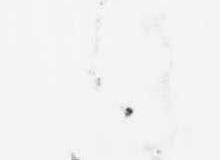
候